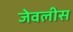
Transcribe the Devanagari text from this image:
जेवलीस